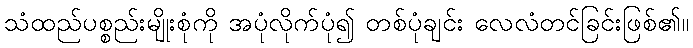
သံထည်ပစ္စည်းမျိုးစုံကို အပုံလိုက်ပုံ၍ တစ်ပုံချင်း လေလံတင်ခြင်းဖြစ်၏။